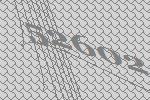
52602